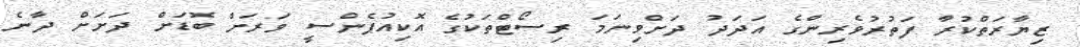
ޒިޔާރަތްކުރާ ފަތުރުވެރިންގެ އަދަދު ދަށްވިނަމަ ރިސޯޓްތަކުގެ އޮކިއުޕެންސީ ވަރަށް ބޮޑަށް ދަށަށް ދާނެ